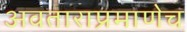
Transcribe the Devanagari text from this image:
अवताराप्रमाणेच